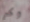
وكر